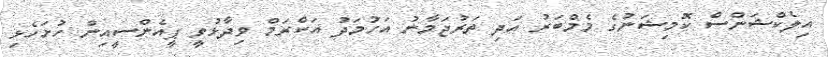
އިލެކްޝަންސް ކޮމިޝަނުގެ މެމްބަރު އަދި ތަރުޖަމާނު އަހުމަދު އަކްރަމް ވިދާޅުވީ ޕީއެންސީއިން ހުށަހެޅި